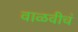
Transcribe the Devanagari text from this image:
वाळवीचं